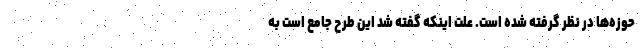
حوزه‌ها در نظر گرفته شده است. علت اینکه گفته شد این طرح جامع است به